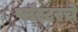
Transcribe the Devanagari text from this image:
प्लॅस्टरचे